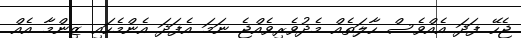
ޖެހޭ ފަދަ އެއްވެސް ހާލަތެއް މެދުވެރިވެއްޖެ ނަމަ އެފަދަ އެންމެހައި ޒިންމާ އެއް